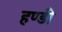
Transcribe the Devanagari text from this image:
हण्डी